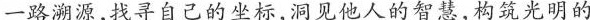
一路溯源，找寻自己的坐标,洞见他人的智慧，构筑光明的